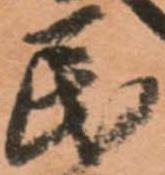
民